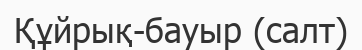
Құйрық-бауыр (салт)